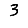
Digit: 3